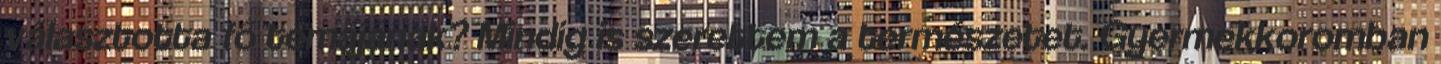
választotta fő témájának? Mindig is szerettem a természetet. Gyermekkoromban